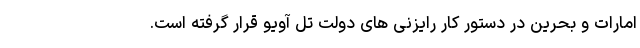
امارات و بحرین در دستور کار رایزنی های دولت تل آویو قرار گرفته است.